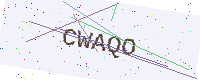
Text: CWAQO